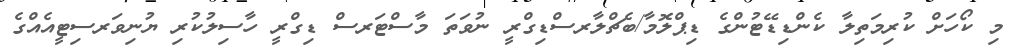
މި ކޯހަށް ކުރިމަތިލާ ކެންޑިޑޭޓުންގެ ޑިޕްލޮމާ/ބެޗްލާރސްޑިގްރީ ނުވަތަ މާސްޓަރސް ޑިގްރީ ހާސިލުކުރި ޔުނިވަރސިޓީއެއްގެ